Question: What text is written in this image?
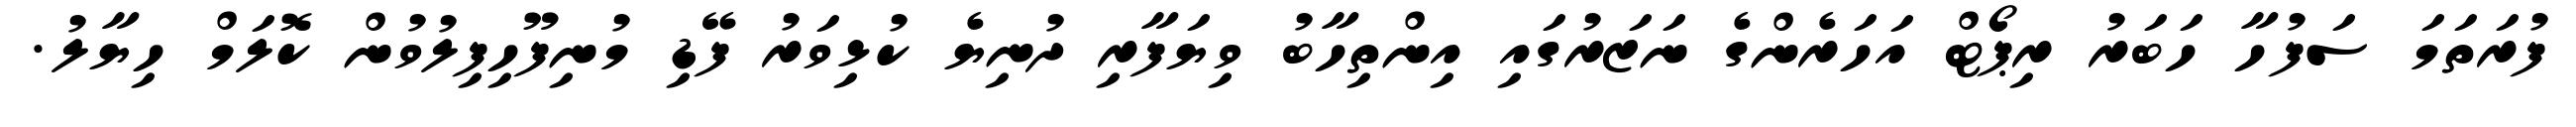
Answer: ފުރަތަމަ ސަފުހާ ހަބަރު ރިޕޯޓް އަހަރެންގެ ނަޒަރުގައި އިންތިހާބު ވިޔަފާރި ދުނިޔެ ކުޅިވަރު ފޭޑި މުނިފޫހިފިލުވުން ކޮލަމް ހިޔާލު.